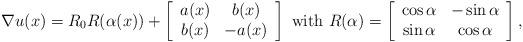
LaTeX: \begin{align*}\nabla u(x) = R_0R(\alpha(x)) + \left[\begin{array}{cc} a(x) & b(x)\\b(x) & -a(x)\end{array}\right] \mbox{ with } R(\alpha) = \left[\begin{array}{cc} \cos \alpha & -\sin\alpha\\\sin\alpha & \cos\alpha\end{array}\right],\end{align*}